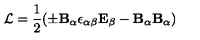
{ \cal L } = { \frac { 1 } { 2 } } { ( { \pm \bf B _ { \alpha } } { \epsilon _ { { \alpha } { \beta } } } { \bf E _ { \beta } } - { \bf B } _ { \alpha } { \bf B } _ { \alpha } ) }